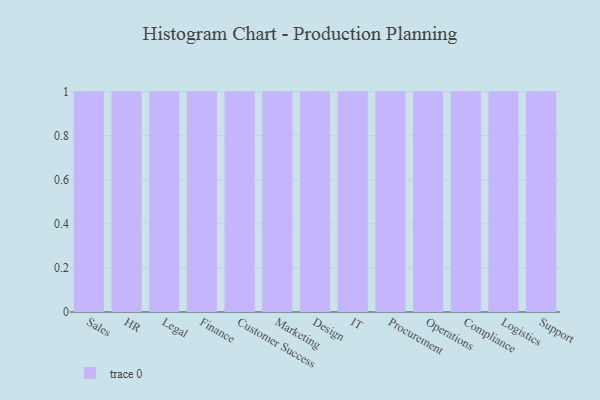
{"axis": {"x": "Department", "y": "Conversion Rate (%)"}, "legend": [""], "data": [{"x": "Sales", "y": 6, "type": ""}, {"x": "HR", "y": 38, "type": ""}, {"x": "Legal", "y": 89, "type": ""}, {"x": "Finance", "y": 50, "type": ""}, {"x": "Customer Success", "y": 30, "type": ""}, {"x": "Marketing", "y": 20, "type": ""}, {"x": "Design", "y": 5, "type": ""}, {"x": "IT", "y": 92, "type": ""}, {"x": "Procurement", "y": 74, "type": ""}, {"x": "Operations", "y": 91, "type": ""}, {"x": "Compliance", "y": 22, "type": ""}, {"x": "Logistics", "y": 18, "type": ""}, {"x": "Support", "y": 28, "type": ""}]}